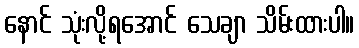
နောင် သုံးလို့ရအောင် သေချာ သိမ်းထားပါ။